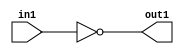
`timescale 1ps / 1ps
/*****************************************************************************
    Verilog RTL Description
    
    
    Created by: Stratus DpOpt 21.05.01 
*******************************************************************************/

module SobelFilter_Not_1U_1U_4 (
	in1,
	out1
	); /* architecture "behavioural" */ 
input  in1;
output  out1;
wire  asc001;

assign asc001 = 
	((~in1));

assign out1 = asc001;
endmodule

/* CADENCE  urXyTQk= : u9/ySxbfrwZIxEzHVQQV8Q== ** DO NOT EDIT THIS LINE ******/